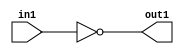
`timescale 1ps / 1ps
/*****************************************************************************
    Verilog RTL Description
    
    
    Created by: Stratus DpOpt 21.05.01 
*******************************************************************************/

module SobelFilter_Not_1U_1U_4 (
	in1,
	out1
	); /* architecture "behavioural" */ 
input  in1;
output  out1;
wire  asc001;

assign asc001 = 
	((~in1));

assign out1 = asc001;
endmodule

/* CADENCE  urXyTQk= : u9/ySxbfrwZIxEzHVQQV8Q== ** DO NOT EDIT THIS LINE ******/